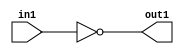
`timescale 1ps / 1ps
/*****************************************************************************
    Verilog RTL Description
    
    
    Created by: Stratus DpOpt 21.05.01 
*******************************************************************************/

module SobelFilter_Not_1U_1U_4 (
	in1,
	out1
	); /* architecture "behavioural" */ 
input  in1;
output  out1;
wire  asc001;

assign asc001 = 
	((~in1));

assign out1 = asc001;
endmodule

/* CADENCE  urXyTQk= : u9/ySxbfrwZIxEzHVQQV8Q== ** DO NOT EDIT THIS LINE ******/